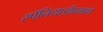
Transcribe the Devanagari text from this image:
स्पॅनियार्डांप्रमाणे